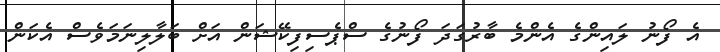
އެ ފޯނު ލައިންގެ އެންމެ ބާރުގަދަ ފޯނުގެ ސްޕެސިފިކޭޝަން އަށް ބަލާލިނަމަވެސް އެކަން